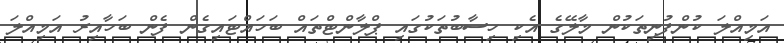
އަމިއްލަ ކުންފުނިތަކުން މާލޭގެ އެކި ހިސާބުތަކުގައި ޕްލާންޓްތައް ބަހައްޓައިގެން ފެން ބަހާއިރު އަމިއްލަ